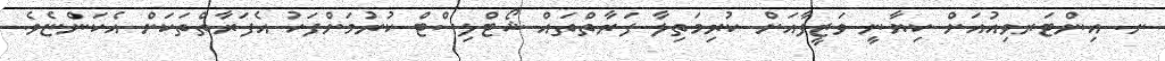
ށ. އިންޓަރވިއުއަށް ކިޔާނީ ވަޒީފާއަށް ކުރިމަތިލާ ފަރާތްތައް ޝޯޓްލިސްޓް ކުރުމަށްފަހު އެފަރާތްތަކަށް އެކަންޏެވެ.